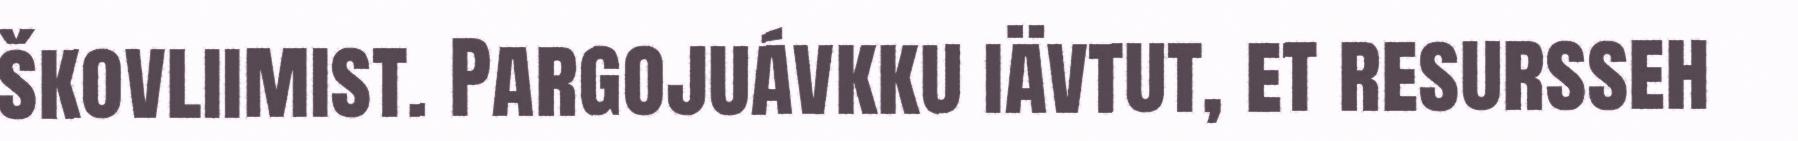
škovliimist. Pargojuávkku iävtut, et resursseh